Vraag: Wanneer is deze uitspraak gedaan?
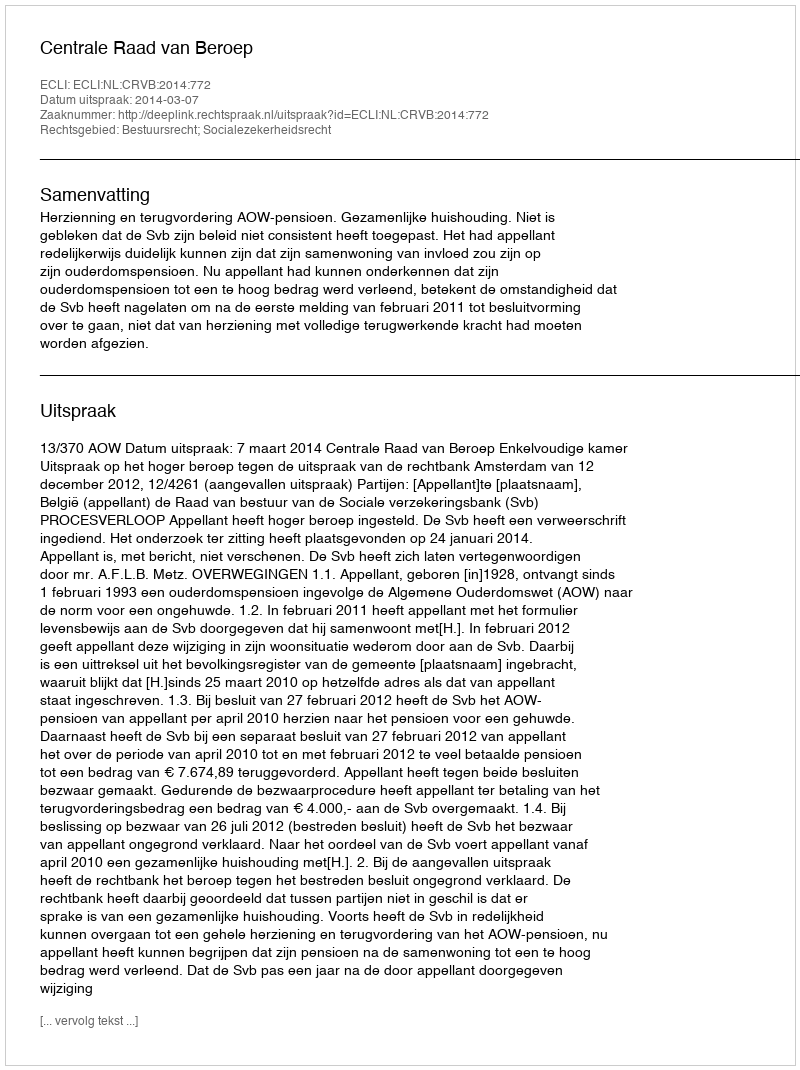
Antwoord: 2014-03-07